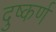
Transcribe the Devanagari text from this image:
दुष्कर्ण